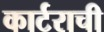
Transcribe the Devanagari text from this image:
कार्टराची